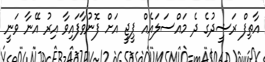
އާތިފް ރަޝީދުގެ ދެ މައްސަލައެއް ޕީޖީ އަށް ފޮނުވާފައިވާ އިރު އޭނާ ވަނީ